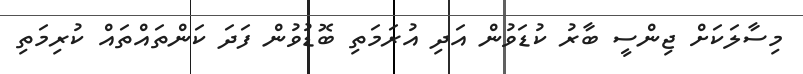
މިސާލަކަށް ޖިންސީ ބާރު ކުޑަވުން އަދި އުރަމަތި ބޮޑުވުން ފަދަ ކަންތައްތައް ކުރިމަތި